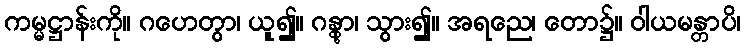
ကမ္မဋ္ဌာန်းကို။ ဂဟေတွာ၊ ယူ၍။ ဂန္တွာ၊ သွား၍။ အရညေ၊ တော၌။ ဝါယမန္တာပိ၊